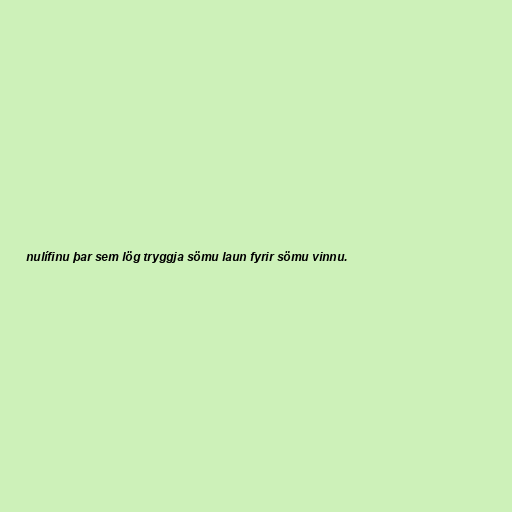
nulífinu þar sem lög tryggja sömu laun fyrir sömu vinnu.